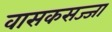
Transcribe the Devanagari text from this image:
वासकसज्जा